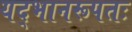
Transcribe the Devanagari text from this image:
यद्भानरूपतः